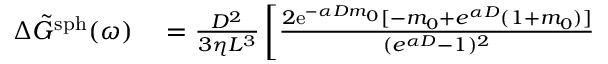
\begin{array} { r l } { \Delta \Tilde { G } ^ { \mathrm { s p h } } ( \omega ) } & { { } = \frac { D ^ { 2 } } { 3 \eta L ^ { 3 } } \left[ \frac { 2 \mathrm { e } ^ { - \alpha D m _ { 0 } } [ - m _ { 0 } + e ^ { \alpha D } ( 1 + m _ { 0 } ) ] } { ( { e } ^ { \alpha D } - 1 ) ^ { 2 } } \right. } \end{array}